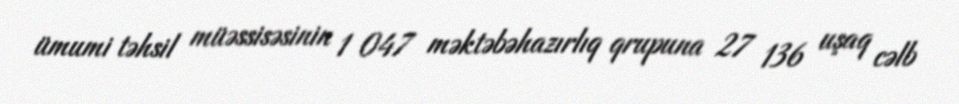
ümumi təhsil müəssisəsinin 1 047 məktəbəhazırlıq qrupuna 27 136 uşaq cəlb